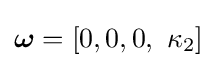
{\boldsymbol {\omega }}=\left[0,0,0,\ \kappa _{2}\right]